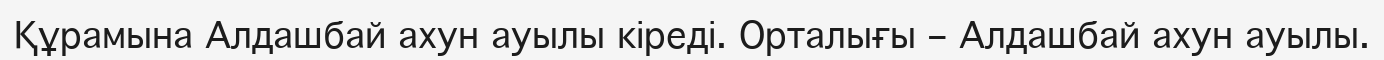
Құрамына Алдашбай ахун ауылы кіреді. Орталығы – Алдашбай ахун ауылы.